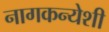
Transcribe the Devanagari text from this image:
नागकन्येशी